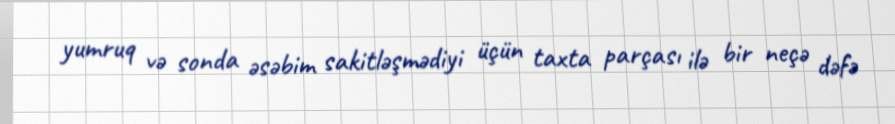
yumruq və sonda əsəbim sakitləşmədiyi üçün taxta parçası ilə bir neçə dəfə